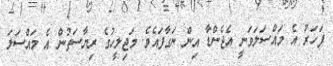
ފަހަރު އެ މައްސަލަވަނީ އެޖެންޑާ އިން ނަގާފައެވެ. މަޖިލީހުގެ ރިޔާސަތުން އެ މައްސަލަ